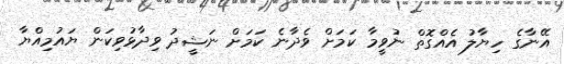
އޭނާގެ ހިޔާލު އެއްގޮތް ނުވީމާ ކަމަށް ވެދާނެ ކަމަށް ނަޝީދު ވިދާޅުވިކަން ޔައުމިއްޔާ